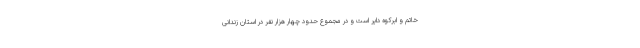
خاتم و ابرکوه دایر است و در مجموع حدود چهار هزار نفر در استان زندانی